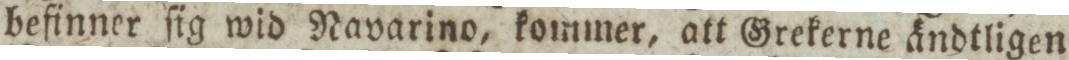
befinner ſig wid Navarino, kommer, att Grekerne ändtligen